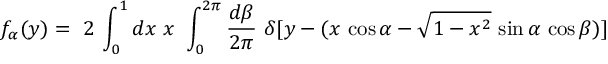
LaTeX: f _ { \alpha } ( y ) = ~ 2 \, \int _ { 0 } ^ { 1 } d x ~ x ~ \int _ { 0 } ^ { 2 \pi } { \frac { d \beta } { 2 \pi } } ~ \delta [ y - ( x \, \cos \alpha - \sqrt { 1 - x ^ { 2 } } \, \sin \alpha \, \cos \beta ) ]